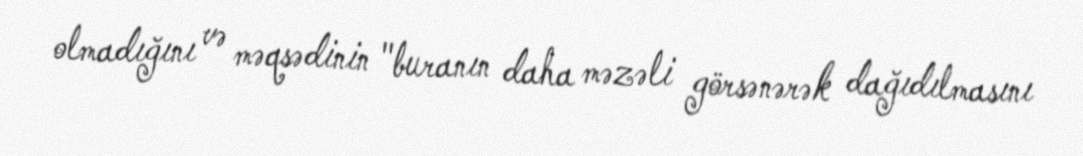
olmadığını və məqsədinin "buranın daha məzəli görsənərək dağıdılmasını